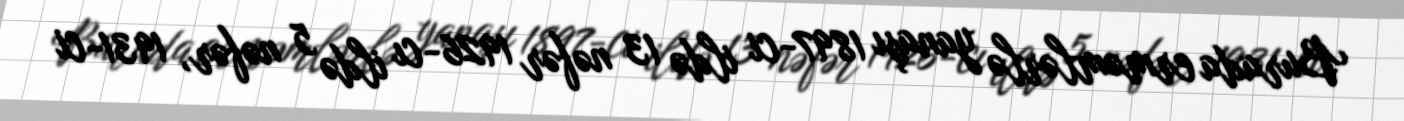
Burada erməmlərlə yanaşı 1897-ci ildə 13 nəfər 1926-cı ildə 5 nəfər, 1931-ci